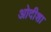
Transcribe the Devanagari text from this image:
ओदीशा